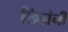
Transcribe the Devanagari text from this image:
छिद्रांनी